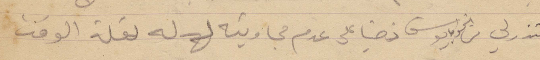
اعتذر لي من الخواجا يوسف زخيا على عدم مجاوبته له لقلة الوقت